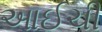
આઈચી